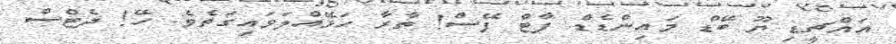
އައްޗީޑި ޔޫ ބޭޑް މައިންޑެޑް ފާޓް ފޭސް! ތާރާ ހަޅޭއްލަވައިގަތެވެ. ހޭ! ދެޓްސް